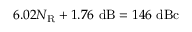
6 . 0 2 N _ { \mathrm { R } } + 1 . 7 6 ~ \mathrm { d B } = 1 4 6 ~ \mathrm { d B c }